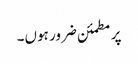
پر مطمئن ضرور ہوں۔